Indian journal of veterinary science and animal husbandry - Volume 10,
Year: 1940
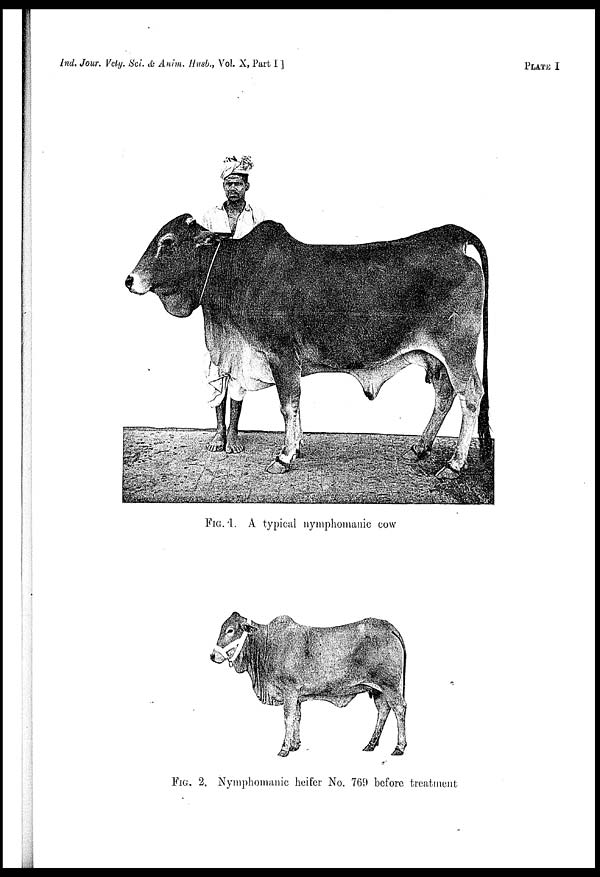
Ind. Jour. Vety, Sci & Anim. Husb., Vol. X, Part
I]
PLATE
I
FIG. 1. A typical nymphomania cow
FIG. 2. Nymphomanic heifer No. 769 before treatment